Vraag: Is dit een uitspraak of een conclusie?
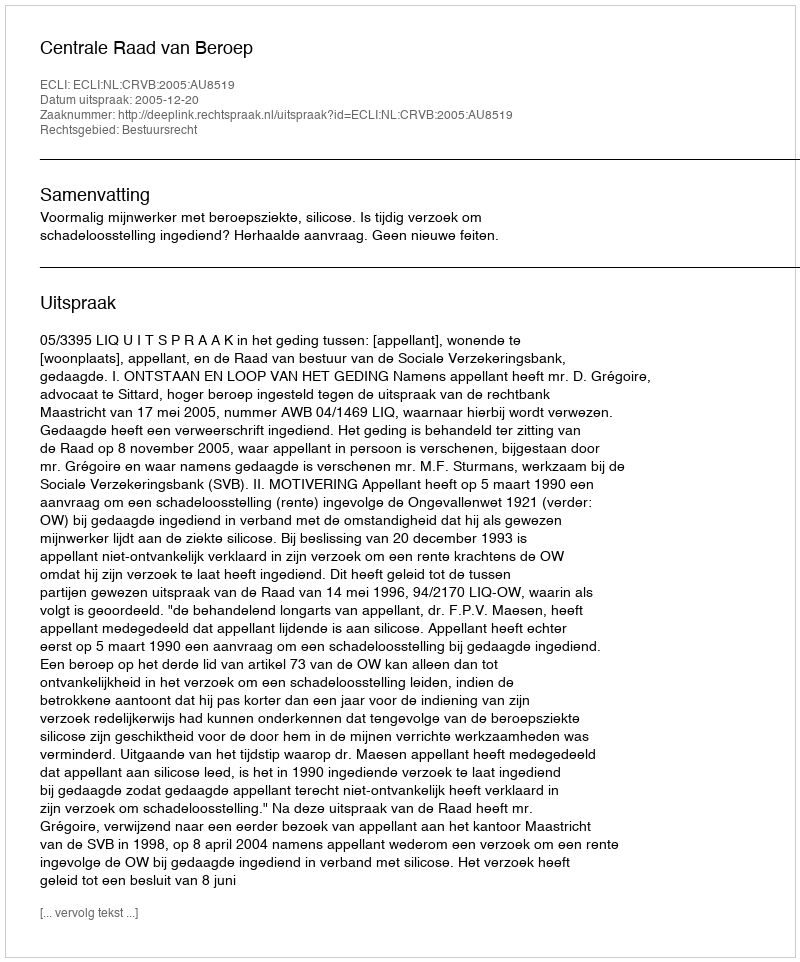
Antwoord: Uitspraak